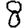
Digit: 8